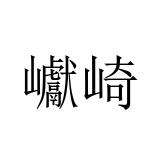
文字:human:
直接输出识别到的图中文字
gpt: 巘崎